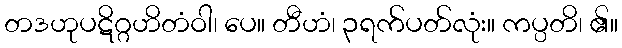
တဒဟုပဋိဂ္ဂဟိတံဝါ၊ ပေ။ တီဟံ၊ ၃ရက်ပတ်လုံး။ ကပ္ပတိ၊ ၏။